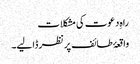
راہِ دعوت کی مشکلات
واقعۂ طائف پر نظر ڈالیے۔